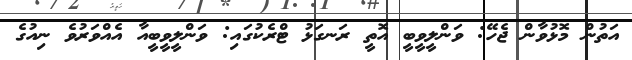
އަތުން މޮޅުވާން ޖެހޭ: ވަންލީވީބީ އޮތީ ރަނގަޅު ޓްރެކުގައި: ވަންލީވީބީއާ އެއްވަރުވެ ނިއުގެ